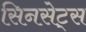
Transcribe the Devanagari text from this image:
सिनसेट्स